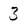
Character: 3